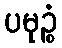
ပမုဉ္စံ